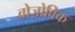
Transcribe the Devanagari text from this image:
व्रोज़ोविक